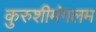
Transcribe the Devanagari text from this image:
कुरुशीमंगलम